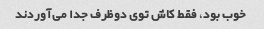
خوب بود، فقط کاش توی دوظرف جدا می‌آوردند